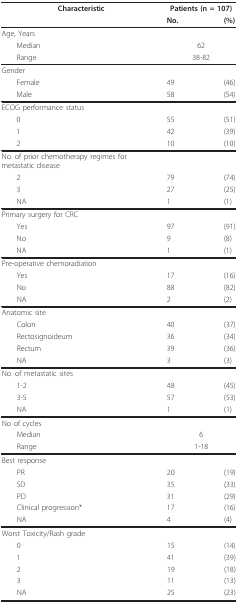
<table><thead><tr><td><b>Characteristic</b></td><td colspan="2"><b>Patients (n = 107)</b></td></tr><tr><td></td><td><b>No.</b></td><td><b>(%)</b></td></tr></thead><tbody><tr><td>Age, Years</td><td></td><td></td></tr><tr><td> Median</td><td colspan="2">62</td></tr><tr><td> Range</td><td colspan="2">38-82</td></tr><tr><td>Gender</td><td></td><td></td></tr><tr><td> Female</td><td>49</td><td>(46)</td></tr><tr><td> Male</td><td>58</td><td>(54)</td></tr><tr><td>ECOG performance status</td><td></td><td></td></tr><tr><td> 0</td><td>55</td><td>(51)</td></tr><tr><td> 1</td><td>42</td><td>(39)</td></tr><tr><td> 2</td><td>10</td><td>(10)</td></tr><tr><td>No. of prior chemotherapy regimes for metastatic disease</td><td></td><td></td></tr><tr><td> 2</td><td>79</td><td>(74)</td></tr><tr><td> 3</td><td>27</td><td>(25)</td></tr><tr><td> NA</td><td>1</td><td>(1)</td></tr><tr><td>Primary surgery for CRC</td><td></td><td></td></tr><tr><td> Yes</td><td>97</td><td>(91)</td></tr><tr><td> No</td><td>9</td><td>(8)</td></tr><tr><td> NA</td><td>1</td><td>(1)</td></tr><tr><td>Pre-operative chemoradiation</td><td></td><td></td></tr><tr><td> Yes</td><td>17</td><td>(16)</td></tr><tr><td> No</td><td>88</td><td>(82)</td></tr><tr><td> NA</td><td>2</td><td>(2)</td></tr><tr><td>Anatomic site</td><td></td><td></td></tr><tr><td> Colon</td><td>40</td><td>(37)</td></tr><tr><td> Rectosignoideum</td><td>36</td><td>(34)</td></tr><tr><td> Rectum</td><td>39</td><td>(36)</td></tr><tr><td> NA</td><td>3</td><td>(3)</td></tr><tr><td>No. of metastatic sites</td><td></td><td></td></tr><tr><td> 1-2</td><td>48</td><td>(45)</td></tr><tr><td> 3-5</td><td>57</td><td>(53)</td></tr><tr><td> NA</td><td>1</td><td>(1)</td></tr><tr><td colspan="3">No of cycles</td></tr><tr><td> Median</td><td colspan="2">6</td></tr><tr><td> Range</td><td colspan="2">1-18</td></tr><tr><td colspan="3">Best response</td></tr><tr><td> PR</td><td>20</td><td>(19)</td></tr><tr><td> SD</td><td>35</td><td>(33)</td></tr><tr><td> PD</td><td>31</td><td>(29)</td></tr><tr><td> Clinical progression*</td><td>17</td><td>(16)</td></tr><tr><td> NA</td><td>4</td><td>(4)</td></tr><tr><td colspan="3">Worst Toxicity/Rash grade</td></tr><tr><td> 0</td><td>15</td><td>(14)</td></tr><tr><td> 1</td><td>41</td><td>(39)</td></tr><tr><td> 2</td><td>19</td><td>(18)</td></tr><tr><td> 3</td><td>11</td><td>(13)</td></tr><tr><td> NA</td><td>25</td><td>(23)</td></tr></tbody></table>